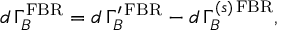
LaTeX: d \, \Gamma _ { B } ^ { \mathrm { F B R } } = d \, \Gamma _ { B } ^ { \prime \, \mathrm { F B R } } - d \, \Gamma _ { B } ^ { ( s ) \, \mathrm { F B R } } ,